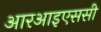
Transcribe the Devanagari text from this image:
आरआइएससी